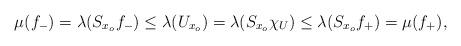
LaTeX: \begin{align*}\mu(f_{-}) = \lambda(S_{x_o}f_{-}) \leq \lambda(U_{x_o}) = \lambda(S_{x_o}\chi_U) \leq \lambda(S_{x_o} f_{+}) = \mu(f_{+}),\end{align*}